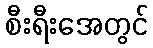
စီးရီးအေတွင်